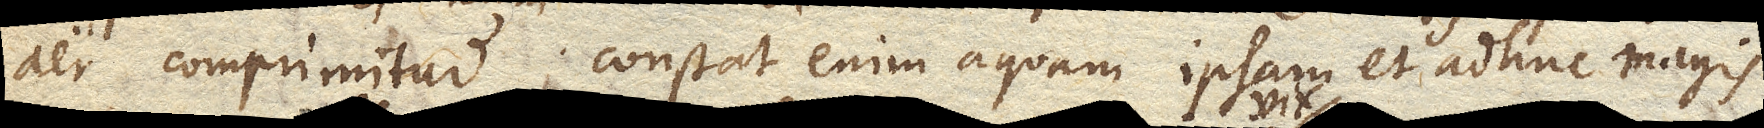
aer comprimitur; constat enim aquam ipsam et adhuc magis